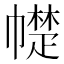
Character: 𰏠